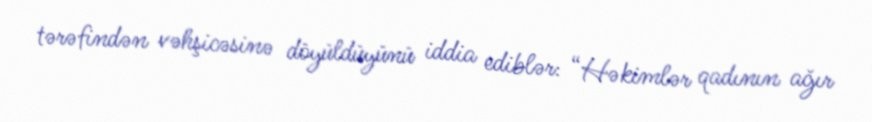
tərəfindən vəhşicəsinə döyüldüyünü iddia ediblər: “Həkimlər qadının ağır